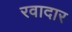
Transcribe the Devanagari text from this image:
रवादार